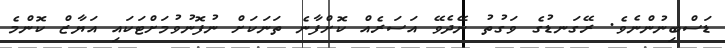
ޑަސްބިނުންނެވެ. ރޭގަނޑުގެ ވަގުތު ނޭދެވޭ އަސަރެއް ކޮށްފާނެ ތަނަކަށް ނުފޮނުވުމަށްޓަކައި އަޔާޒް ކޮންމެ